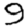
Digit: 9